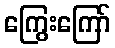
ကြွေးကြော်